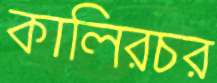
কালিরচর